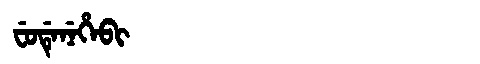
Manchu: ᠸᡠᡩᡝᠨᡝᡥᡝᠪᡳ
Romanization: FUDENEHEBI